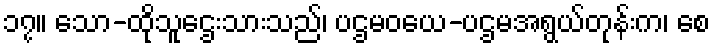
၁၇။ သော-ထိုသူဌေးသားသည်၊ ပဌမဝယေ-ပဌမအရွယ်တုန်းက၊ စေ